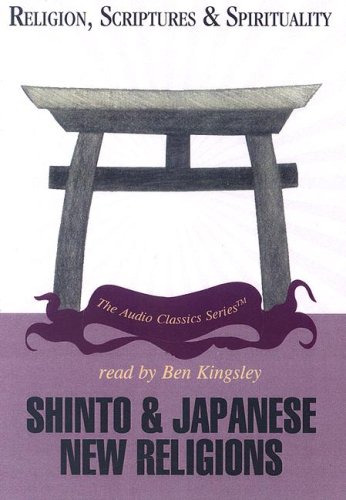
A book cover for Shinto and Japanese New Religions (Religion, Scriptures & Spirituality); Byron Earhart; Religion & Spirituality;